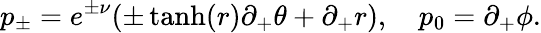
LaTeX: p_{\pm}=e^{\pm\nu}(\pm\operatorname{tanh}(r)\partial_{+}\theta+\partial_{+}r),\quad p_{0}=\partial_{+}\phi.